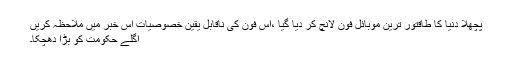
پچھلا دنیا کا طاقتور ترین موبائل فون لانچ کر دیا گیا ،اس فون کی ناقابل یقین خصوصیات اس خبر میں ملاحظہ کریں
اگلے حکومت کو بڑا دھچکا۔